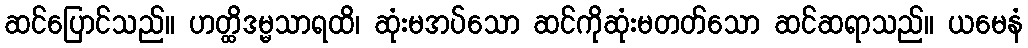
ဆင်ပြောင်သည်။ ဟတ္ထိဒမ္မသာရထိ၊ ဆုံးမအပ်သော ဆင်ကိုဆုံးမတတ်သော ဆင်ဆရာသည်။ ယမေနံ